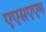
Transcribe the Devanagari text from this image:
एएसएएम